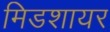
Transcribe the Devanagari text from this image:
मिडशायर